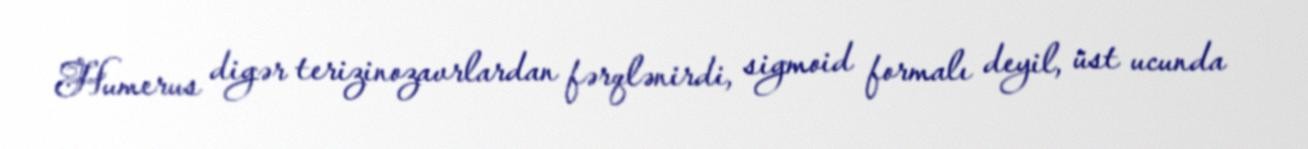
Humerus digər terizinozavrlardan fərqlənirdi, sigmoid formalı deyil, üst ucunda